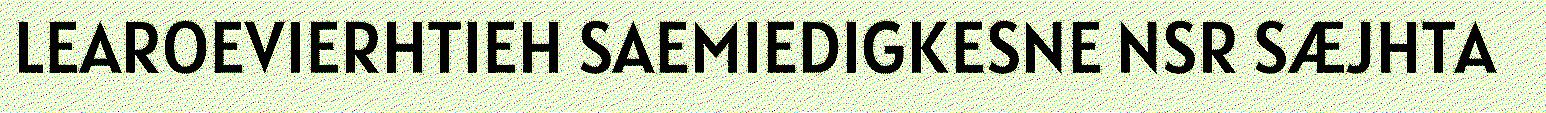
LEAROEVIERHTIEH SAEMIEDIGKESNE NSR SÆJHTA